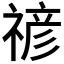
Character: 𮂉